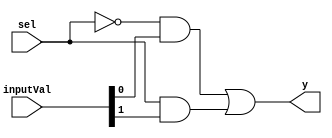
`timescale 1ns / 1ps
//////////////////////////////////////////////////////////////////////////////////
// Company: University of Kentucky
// 
// Design Name: 
// Module Name:    mux2x1
// Project Name: 
// Target Devices: 
// Tool versions: 
// Description: 
//
// Dependencies: 
//
// Revision: 
// Revision 0.01 - File Created
// Additional Comments: 
//
//////////////////////////////////////////////////////////////////////////////////
module mux2x1(
    input sel,
    input [1:0] inputVal,
    output y
    );

	assign y = (!sel && inputVal[0]) || (sel && inputVal[1]);

endmodule